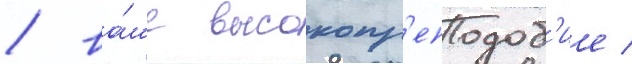
/ ва́ше высокопр'еподоб'ие /